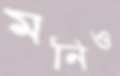
মনিও